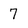
Character: 7